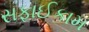
સફાઈકામ